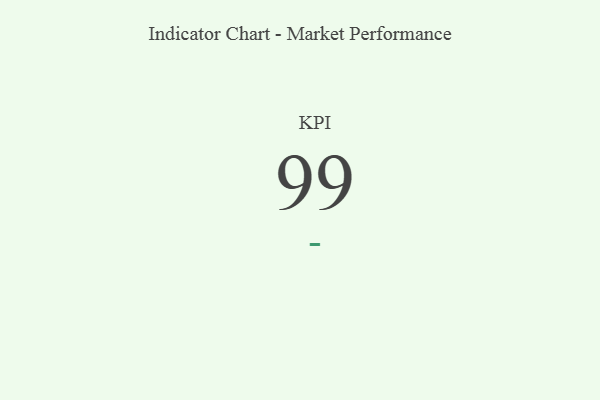
{"axis": {"x": "KPI", "y": "Value"}, "legend": [""], "data": [{"x": "KPI", "y": 99, "type": ""}]}